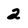
Character: 2